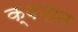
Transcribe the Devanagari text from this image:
क्षमात